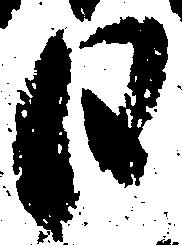
日